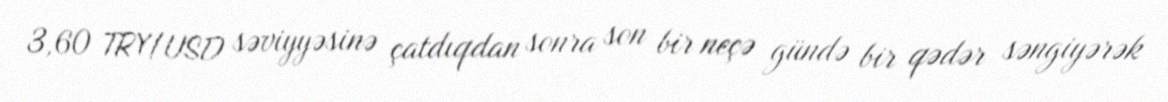
3,60 TRY/USD səviyyəsinə çatdıqdan sonra son bir neçə gündə bir qədər səngiyərək